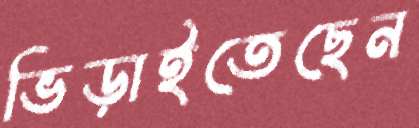
ভিড়াইতেছেন